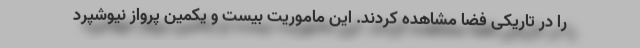
را در تاریکی فضا مشاهده کردند. این ماموریت بیست و یکمین پرواز نیوشپرد